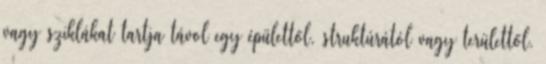
vagy sziklákat tartja távol egy épülettől, struktúrától vagy területtől.